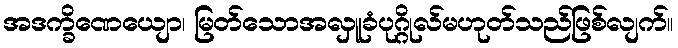
အဒက္ခိဏေယျော၊ မြတ်သောအလှူခံပုဂ္ဂိုလ်မဟုတ်သည်ဖြစ်လျက်။